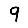
Digit: 9